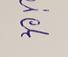
Signature authenticity: forged